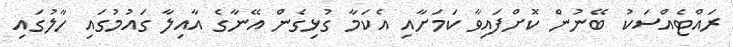
ރައްޓެއްސަކު ބޭނުން ކޮށްފައިވާ ކަމަށާއި އެކަމާ ގުޅިގެން އޭނާގެ އާއިލާ ގައުމުގައި ހާލުގައި